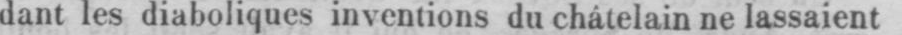
dant les diaboliques inventions du chátelain ne lassaient